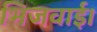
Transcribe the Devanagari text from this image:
भिजवाई।